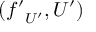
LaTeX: ( { f ^ { \prime } } _ { U ^ { \prime } } , U ^ { \prime } )